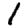
Digit: 1